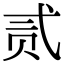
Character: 贰